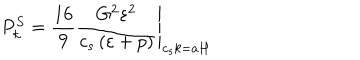
LaTeX: P _ { k } ^ { S } = \left. \frac { 1 6 } { 9 } \frac { G ^ { 2 } \varepsilon ^ { 2 } } { c _ { s } \left( \varepsilon + p \right) } \right| _ { c _ { s } k = a H }